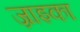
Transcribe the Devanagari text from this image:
ज्राइका